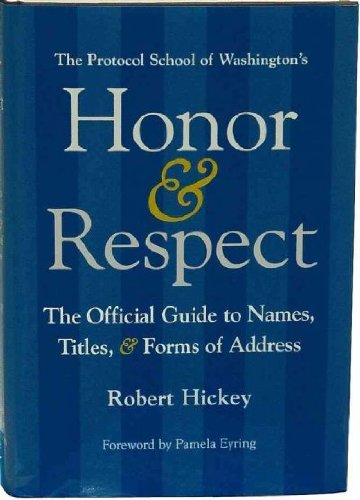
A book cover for Honor & Respect: The Official Guide to Names, Titles, and Forms of Address; Robert Hickey; Reference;